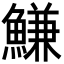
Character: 鰜